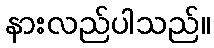
နားလည်ပါသည်။